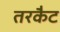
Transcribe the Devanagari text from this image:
तरकैट